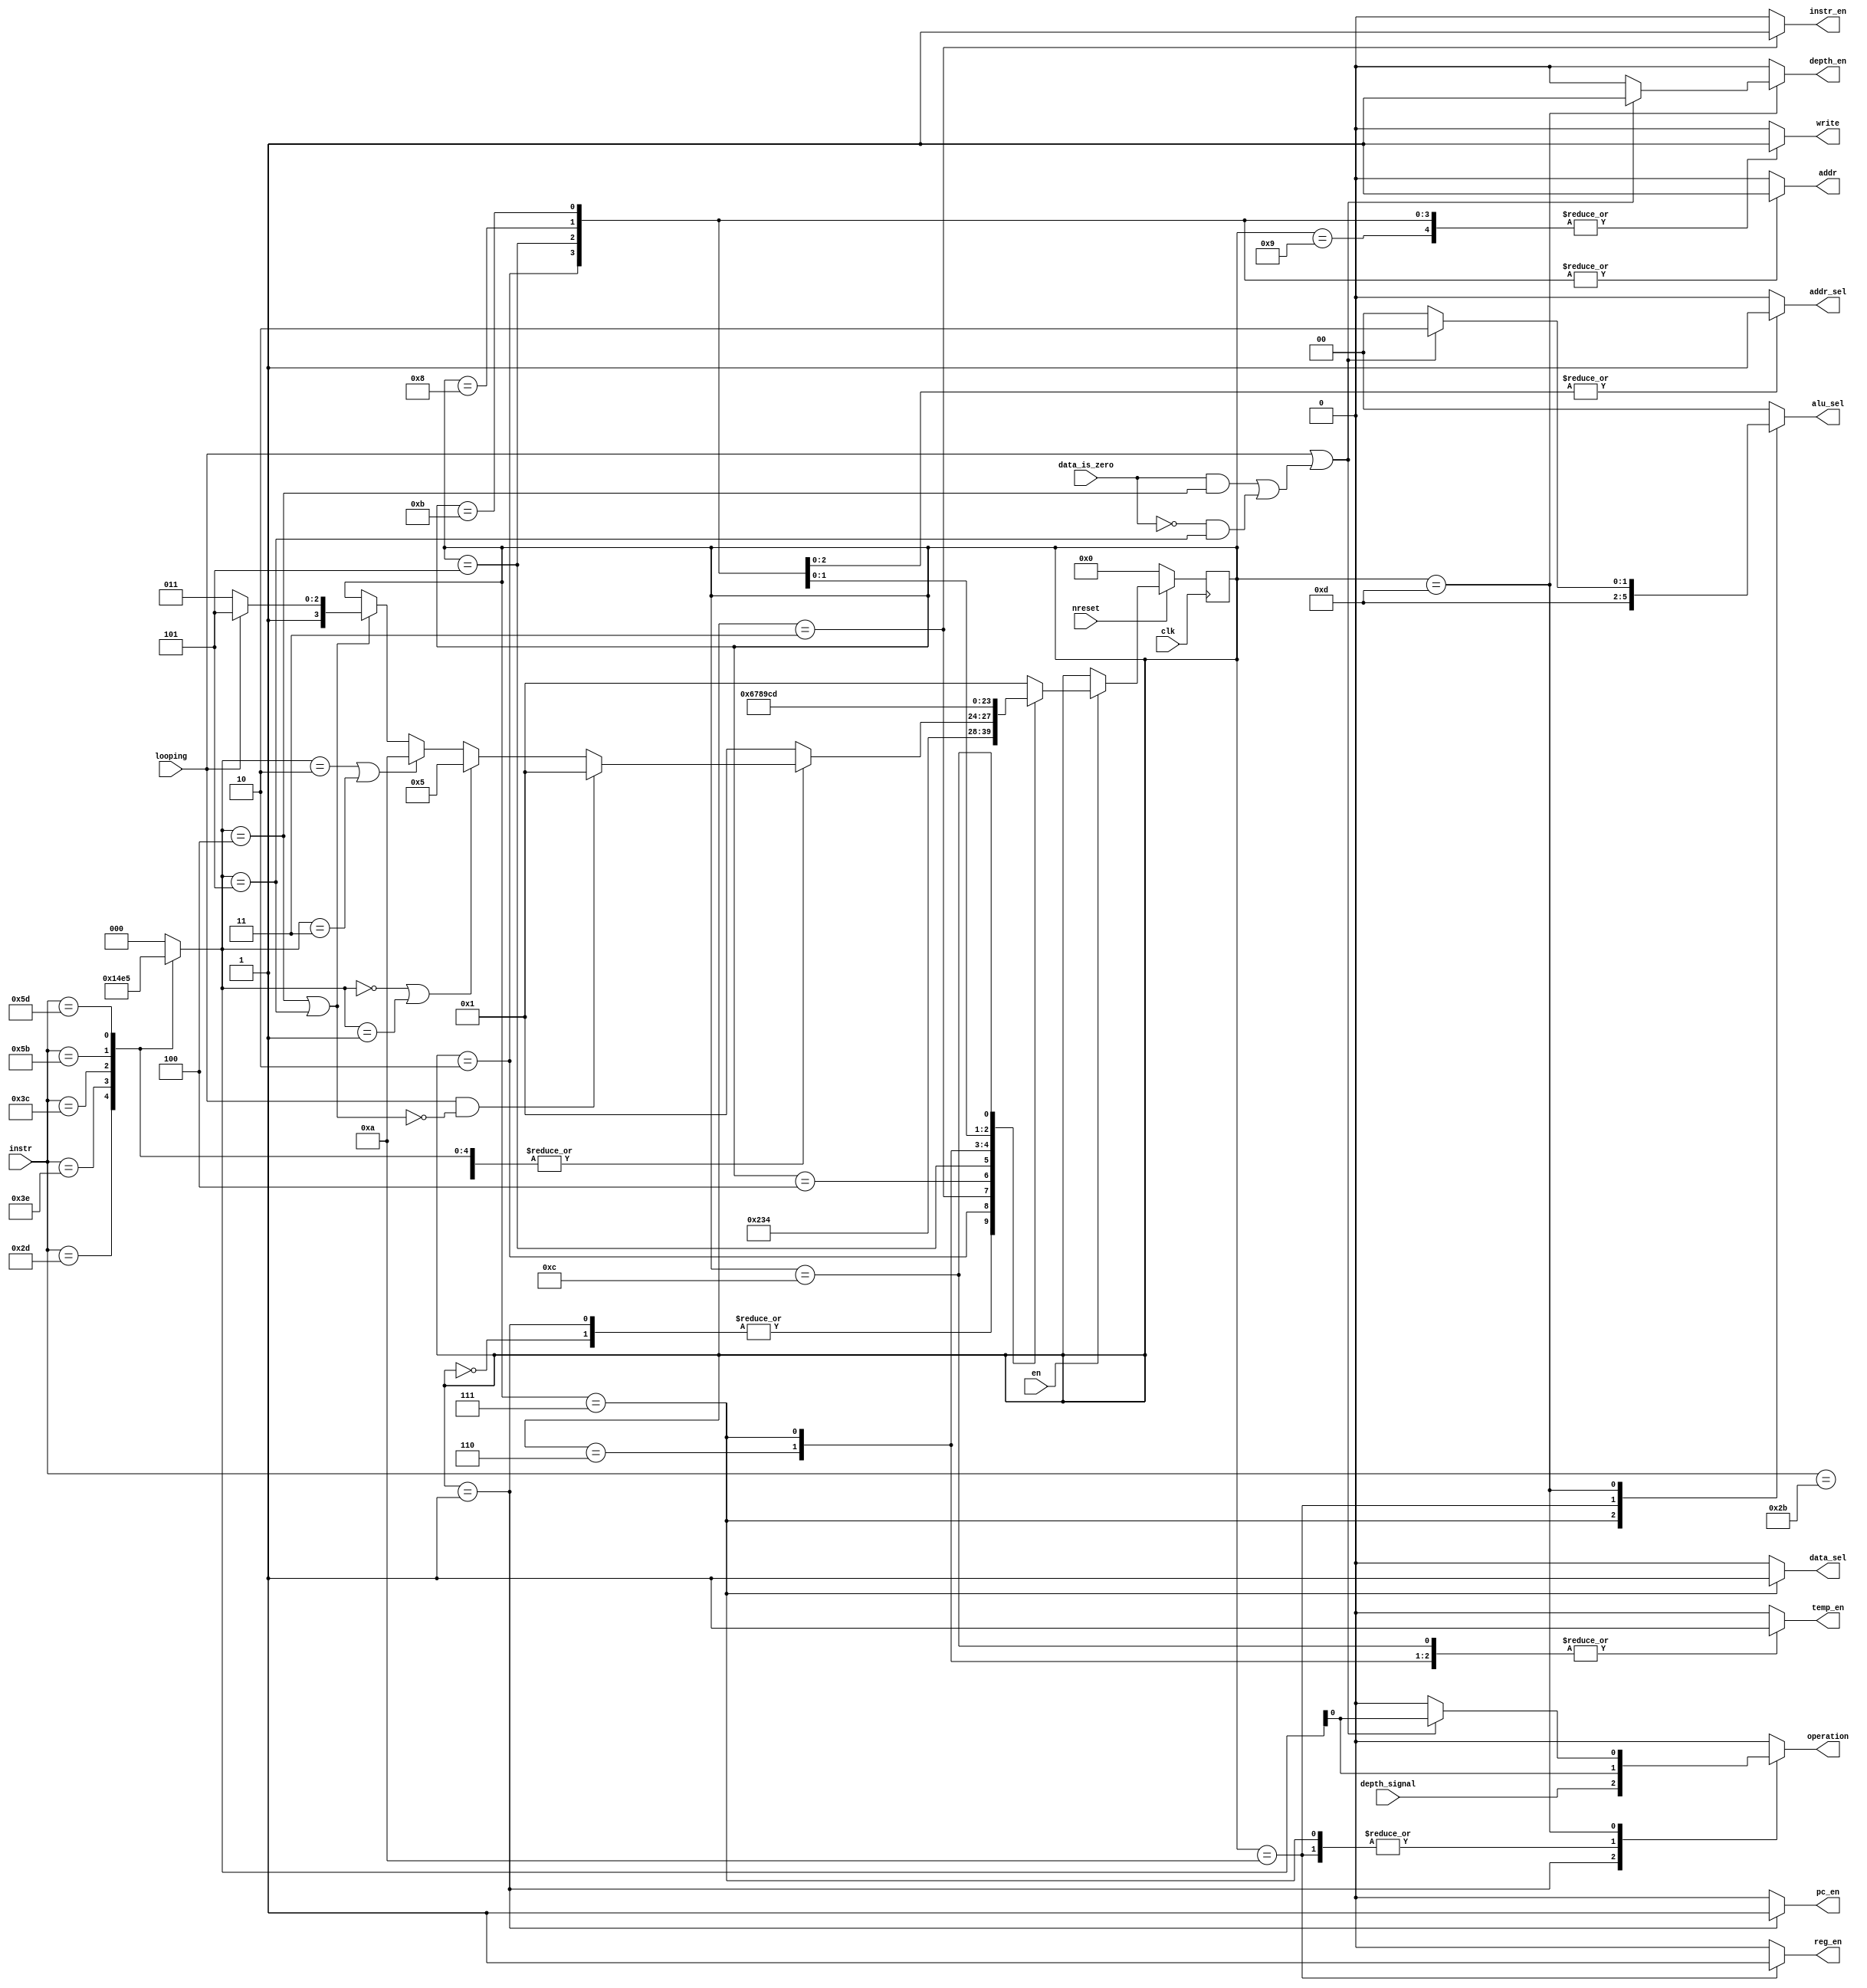
/*
 * Copyright (c) 2024 Ivan Pancheniak
 * SPDX-License-Identifier: Apache-2.0
 */

module fsm (
    input wire clk,
    input wire en,
    input wire nreset,
    input wire [7:0] instr,

    input wire looping,
    input wire depth_signal,
    input wire data_is_zero,

    output reg pc_en,
    output reg reg_en,
    output reg depth_en,
    output reg temp_en,
    output reg instr_en,

    output reg write,
    output reg addr,
    output reg operation,
    output reg [1:0] alu_sel,
    output reg data_sel,
    output reg addr_sel
);

// Selection consts for alu_sel
localparam ALU_SEL_PC = 2'd0,
	   ALU_SEL_Reg = 2'd1,
	   ALU_SEL_Depth = 2'd2,
	   ALU_SEL_Temp = 2'd3;
// Selection consts for data_sel
localparam TEMP_DATA_SEL_Data = 1'd0,
	   TEMP_DATA_SEL_Alu = 1'd1;
// Selection consts for addr_sel
localparam ADDR_SEL_PC = 1'd0,
	   ADDR_SEL_Reg = 1'd1;

// Decode Instr Input
reg [2:0] decoded_instr;
reg not_instr;
always @ (instr) begin
  case (instr)
    "+" : begin
      not_instr = 0;
      decoded_instr = 3'b000;
    end
    "-" : begin
      not_instr = 0;
      decoded_instr = 3'b001;
    end

    ">" : begin
      not_instr = 0;
      decoded_instr = 3'b010;
    end

    "<" : begin
      not_instr = 0;
      decoded_instr = 3'b011;
    end

    "[" : begin
      not_instr = 0;
      decoded_instr = 3'b100;
    end

    "]" : begin
      not_instr = 0;
      decoded_instr = 3'b101;
    end

    default : begin
      not_instr = 1;
      decoded_instr = 3'd0;
    end
  endcase
end


// States
localparam STATE_Reset = 4'd0,
           STATE_Next_PC = 4'd1,
	   STATE_Fetch_Instr_Addr = 4'd2, // Step 1.1 - writing addr
	   STATE_Fetch_Instr_Read = 4'd3, // Step 1.2 - reading data 
	   STATE_Exec_Instr = 4'd4,
	   // +/-
	   STATE_Sum_Sub_Fetch_Data_Addr = 4'd5, // Step 1.1 -> Fetching Data -> writing addr
	   STATE_Sum_Sub_Fetch_Data_Read = 4'd6, // Step 1.2 -> Fetching Data -> reading data
	   STATE_Sum_Sub_Operate_Data = 4'd7, // Step 2 -> Data++/--
	   STATE_Sum_Sub_Write_Data_Addr = 4'd8, // Step 3.1 -> Save result in mem -> writing addr
	   STATE_Sum_Sub_Write_Data_Write = 4'd9, // Step 3.2 -> Save result in mem -> writing data
	   // >/<
	   STATE_Shift_Reg = 4'd10, // Reg++/--
	   // [/]
	   STATE_Loop_Fetch_Data_Addr = 4'd11, // Step 1.1 -> If Looping = 0, Fetch Data -> writing addr
	   STATE_Loop_Fetch_Data_Read = 4'd12, // Step 1.2 -> If Looping = 0, Fetch Data -> reading data
	   STATE_Loop_Operate_Depth = 4'd13; // Step 2 -> If Looping = 1 || data matches condition, Depth++/--

// State Regs
reg[3:0] current_state;
reg[3:0] next_state;

// Looping condition

wire looping_condition;
assign looping_condition = (data_is_zero && decoded_instr == 3'b100) || (~data_is_zero && decoded_instr == 3'b101);

// Outputs
always @ ( * ) begin
    // Base values
    pc_en = 0;
    reg_en = 0;
    depth_en = 0;
    temp_en = 0;
    instr_en = 0;

    write = 0;
    addr = 0;

    operation = 0;
    alu_sel = ALU_SEL_PC;
    data_sel = TEMP_DATA_SEL_Data;
    addr_sel = ADDR_SEL_PC;

  case (current_state)
    STATE_Reset : begin
    end
    STATE_Next_PC : begin
      alu_sel = ALU_SEL_PC; // pc++/--, depends on the signal of depth
      operation = depth_signal;
      pc_en = 1; // pc = pc++/--
    end
    STATE_Fetch_Instr_Addr : begin
      addr_sel = ADDR_SEL_PC; // addr = pc
      write = 1; // we are writing an addr
      addr = 1;
    end
    STATE_Fetch_Instr_Read : begin
      instr_en = 1; // instr = data
    end
    STATE_Exec_Instr : begin // just a decoder
    end
    // +/-
    STATE_Sum_Sub_Fetch_Data_Addr : begin
      addr_sel = ADDR_SEL_Reg; // addr = reg
      write = 1; // we are writing an addr
      addr = 1;
    end
    STATE_Sum_Sub_Fetch_Data_Read : begin
      // data arrived, reading it
      data_sel = TEMP_DATA_SEL_Data; // temp = data
      temp_en = 1;
    end
    STATE_Sum_Sub_Operate_Data : begin
      alu_sel = ALU_SEL_Temp; // temp++/--
      operation = decoded_instr[0]; // if +, ++, -, --
      data_sel = TEMP_DATA_SEL_Alu; // temp = temp++/--
      temp_en = 1;
    end
    STATE_Sum_Sub_Write_Data_Addr : begin
      addr_sel = ADDR_SEL_Reg; // addr = reg
      write = 1; // we are writing an addr
      addr = 1;
    end
    STATE_Sum_Sub_Write_Data_Write : begin
      //addr to write sent, writing
      write = 1; // we are writing temp, so addr = 0
      //addr = 0;
    end
    // >/<
    STATE_Shift_Reg : begin
      alu_sel = ALU_SEL_Reg; // reg++/--
      operation = decoded_instr[0]; // if >, ++, <, --
      reg_en = 1; // reg = reg++/--
    end
    // [/]
    STATE_Loop_Fetch_Data_Addr : begin
      addr_sel = ADDR_SEL_Reg; // addr = reg
      addr = 1; // we are writing an addr
      write = 1;
    end
    STATE_Loop_Fetch_Data_Read : begin
      // data arrived, reading it
      data_sel = TEMP_DATA_SEL_Data; // temp = data
      temp_en = 1;
    end
    STATE_Loop_Operate_Depth : begin
      if(looping || looping_condition) begin
        alu_sel = ALU_SEL_Depth; // depth++/--
        operation = decoded_instr[0]; // if [, ++, ], --
        depth_en = 1; // depth = depth++/--
      end
    end
    default : begin
    end
  endcase
end

// State Transitions on Clock
always @ (posedge clk) begin
	if (~nreset) current_state <= STATE_Reset;
	else if (en) current_state <= next_state; //Only progress state if design is enabled
end

// State Transitions on Condition
always @ ( * ) begin
  next_state = current_state;
  case (current_state)
    STATE_Reset : begin
      next_state = STATE_Fetch_Instr_Addr;
    end
    STATE_Next_PC : begin
      next_state = STATE_Fetch_Instr_Addr;
    end
    STATE_Fetch_Instr_Addr : begin
      next_state = STATE_Fetch_Instr_Read;
    end
    STATE_Fetch_Instr_Read : begin
      next_state = STATE_Exec_Instr;
    end
    STATE_Exec_Instr : begin
      if(not_instr) // Not instr, skip to next pc
        next_state = STATE_Next_PC;
      else begin
	if(looping && ~(decoded_instr == 3'b100 || decoded_instr == 3'b101)) // looping and ignoring instrs that arent [/]
	  next_state = STATE_Next_PC;
        else if(decoded_instr == 3'b000 || decoded_instr == 3'b001) // +/-
	  next_state = STATE_Sum_Sub_Fetch_Data_Addr;
        else if(decoded_instr == 3'b010 || decoded_instr == 3'b011) // >/<
	  next_state = STATE_Shift_Reg;
        else if (decoded_instr == 3'b100 || decoded_instr == 3'b101) begin // [/]
	  if (looping) next_state = STATE_Loop_Operate_Depth;
	  else next_state = STATE_Loop_Fetch_Data_Addr;
	end
      end
    end
    // +/-
    STATE_Sum_Sub_Fetch_Data_Addr : begin
      next_state = STATE_Sum_Sub_Fetch_Data_Read;
    end
    STATE_Sum_Sub_Fetch_Data_Read : begin
      next_state = STATE_Sum_Sub_Operate_Data;
    end
    STATE_Sum_Sub_Operate_Data : begin
      next_state = STATE_Sum_Sub_Write_Data_Addr;
    end
    STATE_Sum_Sub_Write_Data_Addr : begin
      next_state = STATE_Sum_Sub_Write_Data_Write;
    end
    STATE_Sum_Sub_Write_Data_Write : begin
      next_state = STATE_Next_PC;
    end
    // >/<
    STATE_Shift_Reg : begin
      next_state = STATE_Next_PC;
    end
    // [/]
    STATE_Loop_Fetch_Data_Addr : begin
      next_state = STATE_Loop_Fetch_Data_Read;
    end
    STATE_Loop_Fetch_Data_Read : begin
      next_state = STATE_Loop_Operate_Depth;
    end
    STATE_Loop_Operate_Depth : begin
      next_state = STATE_Next_PC;
    end
    default : begin
      next_state = STATE_Next_PC;
    end
  endcase
end

endmodule